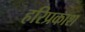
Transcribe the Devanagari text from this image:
हरिप्रकाश